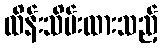
ထိန်းသိမ်းထားသည့်